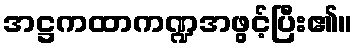
အဋ္ဌကထာကဏ္ဍအဖွင့်ပြီး၏။